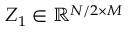
Z _ { 1 } \in \mathbb R ^ { N / 2 \times M }